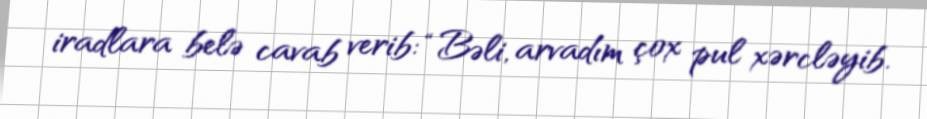
iradlara belə cavab verib: “Bəli, arvadım çox pul xərcləyib.